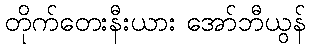
တိုက်တေးနီးယား အော်ဘီယွန်